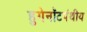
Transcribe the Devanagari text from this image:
हुगेनॉटपंथीय